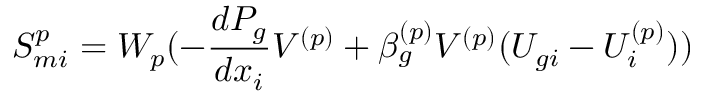
S _ { m i } ^ { p } = W _ { p } ( - \frac { d P _ { g } } { d x _ { i } } V ^ { ( p ) } + \beta _ { g } ^ { ( p ) } V ^ { ( p ) } ( U _ { g i } - U _ { i } ^ { ( p ) } ) )